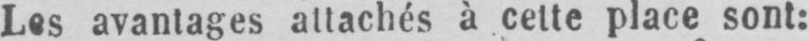
Les avantages attachés à cette place sont: